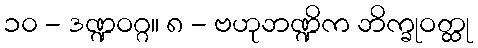
၁၀ - ဒဏ္ဍဝဂ္ဂ။ ၈ - ဗဟုဘဏ္ဍိက ဘိက္ခုဝတ္ထု